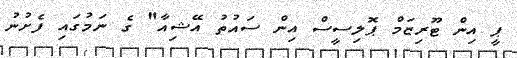
ޕީ އިން ޓޫރިޒަމް ޕޮލިސީސް އިން ސައުތު އޭޝިއާ" ގެ ނަމުގައި ފެށުނު